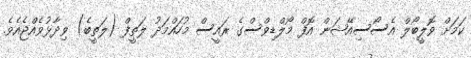
ކަމަށް ވޮލީބޯލް އެސޯސިއޭޝަން އޮފް މޯލްޑިވްސްގެ ރައީސް މުހައްމަދު ލަތީފް (ލަތީބެ) ވިދާޅުވެއްޖެއެވެ.